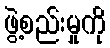
ဖွဲ့စည်းမှုကို